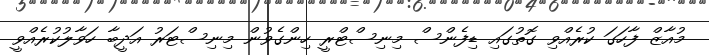
މުއާޒް ފާހަގަ ކުރެއްވި ގޮތުގައި ޑިފެންސް މިނިސްޓްރީ ހިންގެވުން މިނިސްޓަރު އަދީބާ ހަވާލުކުރެއްވީ